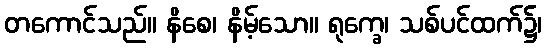
တကောင်သည်။ နိစေ၊ နိမ့်သော။ ရုက္ခေ၊ သစ်ပင်ထက်၌၊